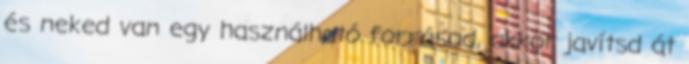
és neked van egy használható forrásod, akkor javítsd át